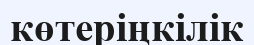
көтеріңкілік